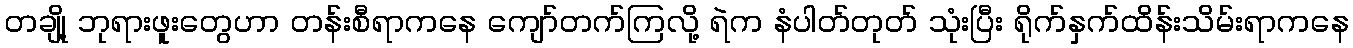
တချို့ ဘုရားဖူးတွေဟာ တန်းစီရာကနေ ကျော်တက်ကြလို့ ရဲက နံပါတ်တုတ် သုံးပြီး ရိုက်နှက်ထိန်းသိမ်းရာကနေ